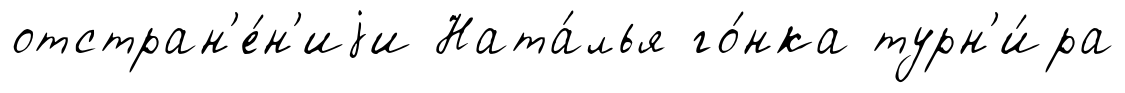
отстран'е́н'иjи Ната́лья го́нка турн'и́ра